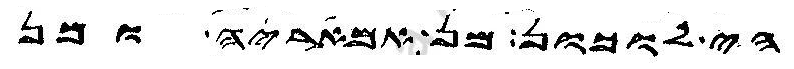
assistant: הי לוכון מן אמאריה ומן